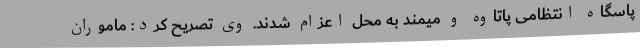
پاسگاه انتظامی پاتاوه و میمند به محل اعزام شدند. وی تصریح کرد: ماموران